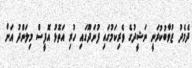
ދެމެދު ޒުވާބުކުރަނީ ނަޝީދުގެ ވެރިކަމުގައި ފުނަދޫގައި ހުރި އަތޮޅު އޮފީސް މިލަންދު އަށް